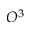
O ^ { 3 }